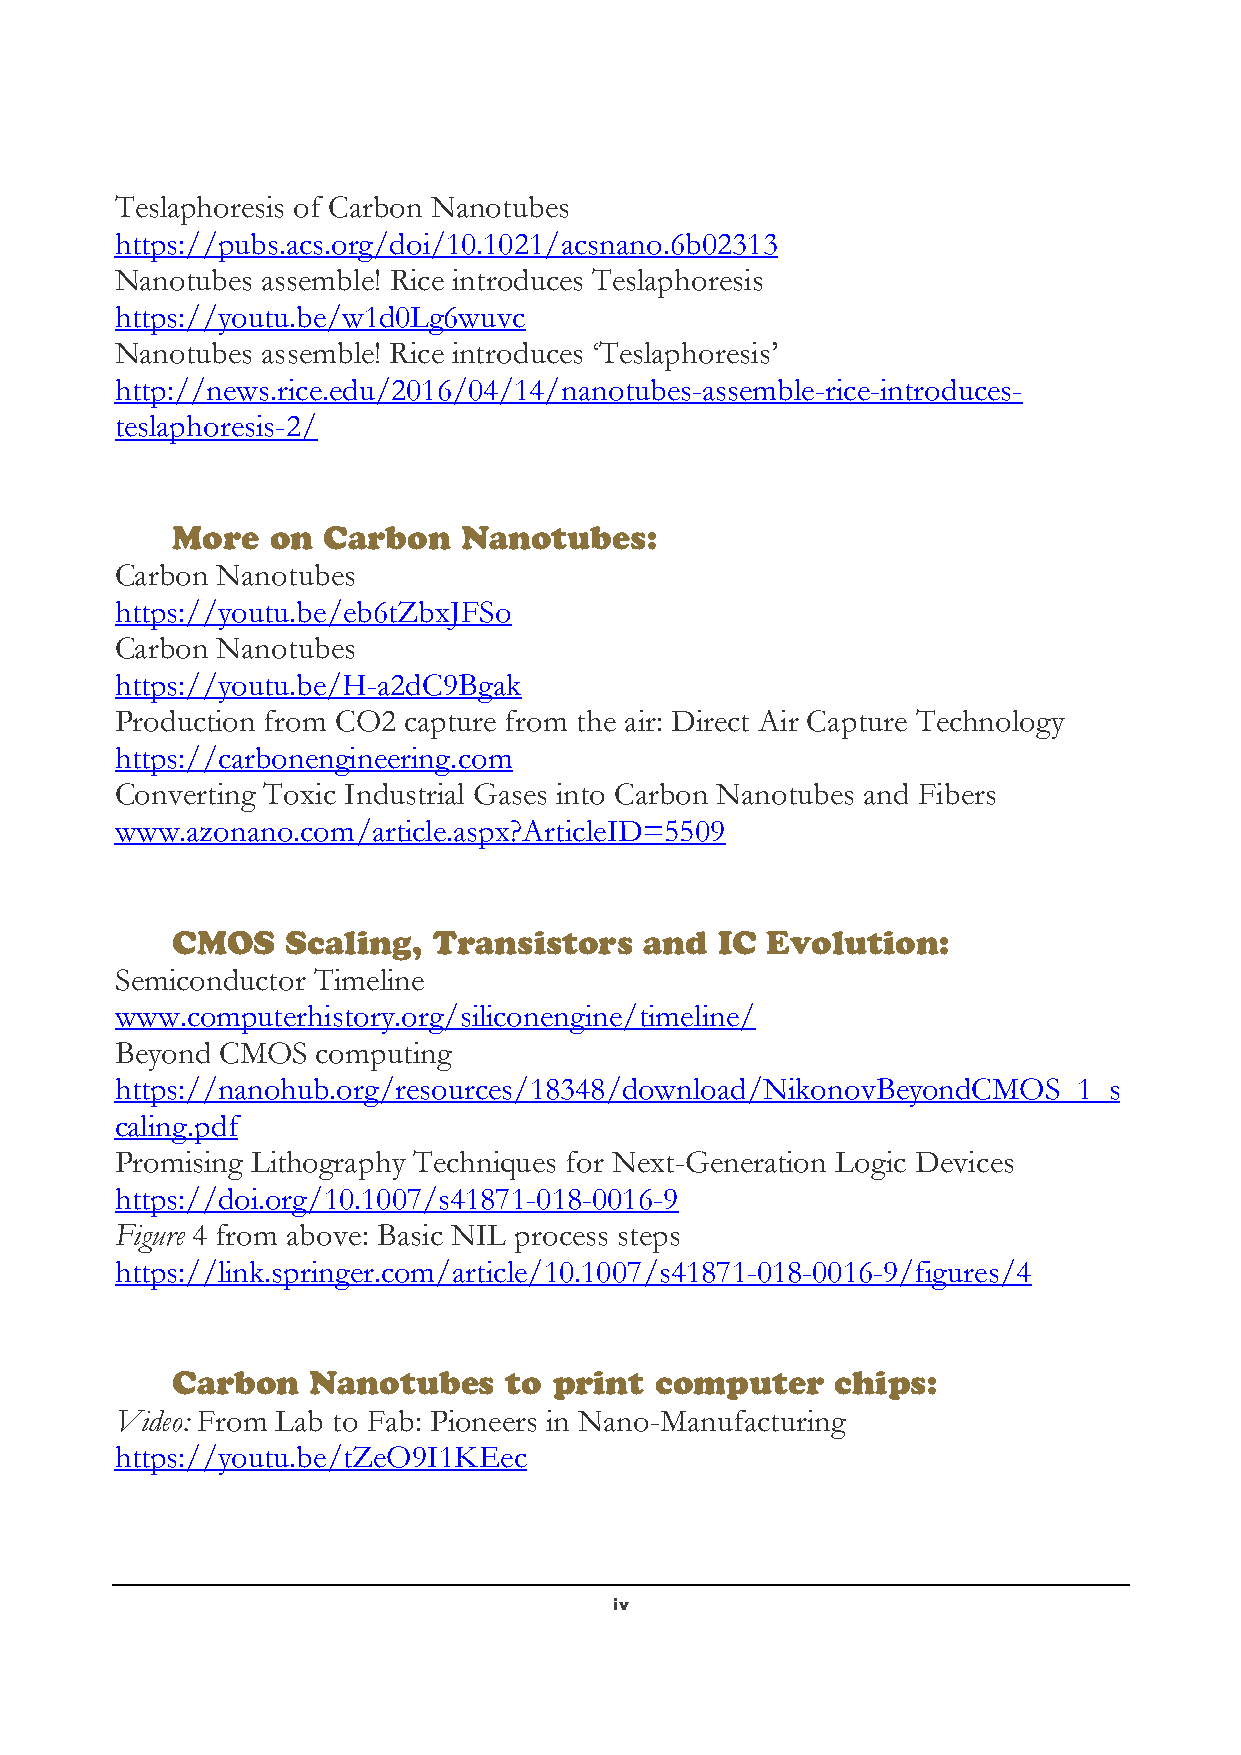
Teslaphoresis of Carbon Nanotubes
 https://pubs.acs.org/doi/10.1021/acsnano.6b02313
 Nanotubes assemble! Rice introduces Teslaphoresis
 https://youtu.be/w1d0Lg6wuvc
 Nanotubes assemble! Rice introduces ‘Teslaphoresis’
 http://news.rice.edu/2016/04/14/nanotubes-assemble-rice-introduces-
 teslaphoresis-2/
 More   on Carbon   Nanotubes:
 Carbon Nanotubes
 https://youtu.be/eb6tZbxJFSo
 Carbon Nanotubes
 https://youtu.be/H-a2dC9Bgak
 Production from CO2 capture from the air: Direct Air Capture Technology
 https://carbonengineering.com
 Converting Toxic Industrial Gases into Carbon Nanotubes and Fibers
 www.azonano.com/article.aspx?ArticleID=5509
 CMOS    Scaling,  Transistors   and IC  Evolution:
 Semiconductor Timeline
 www.computerhistory.org/siliconengine/timeline/
 Beyond CMOS  computing
 https://nanohub.org/resources/18348/download/NikonovBeyondCMOS_1_s
 caling.pdf
 Promising Lithography Techniques for Next-Generation Logic Devices
 https://doi.org/10.1007/s41871-018-0016-9
 Figure 4 from above: Basic NIL process steps
 https://link.springer.com/article/10.1007/s41871-018-0016-9/figures/4
 Carbon   Nanotubes    to  print computer    chips:
 Video: From Lab to Fab: Pioneers in Nano-Manufacturing
 https://youtu.be/tZeO9I1KEec
 iv